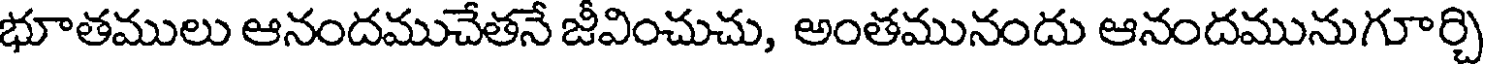
భూతములు ఆనందముచేతనే జీవించుచు, అంతమునందు ఆనందమునుగూర్చి